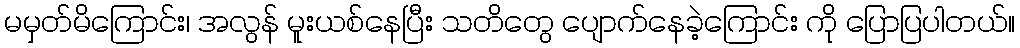
မမှတ်မိကြောင်း၊ အလွန် မူးယစ်နေပြီး သတိတွေ ပျောက်နေခဲ့ကြောင်း ကို ပြောပြပါတယ်။